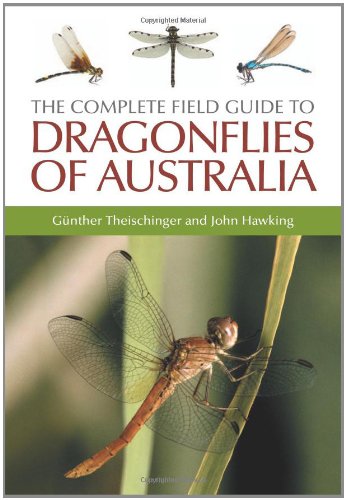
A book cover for Complete Field Guide to Dragonflies of Australia; GÃ¼nther Theischinger; History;